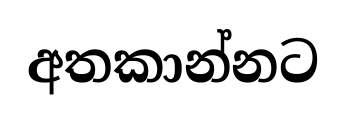
අතකාන්නට